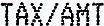
TAX/AMT